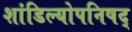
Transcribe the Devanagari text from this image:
शांडिल्योपनिषद्